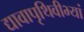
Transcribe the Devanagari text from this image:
द्यावापृथिवीभ्यां